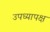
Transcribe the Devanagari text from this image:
उपध्यापक्ष